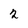
Character: 2